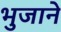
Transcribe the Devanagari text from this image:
भुजाने